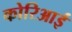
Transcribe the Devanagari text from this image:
कोरिआई